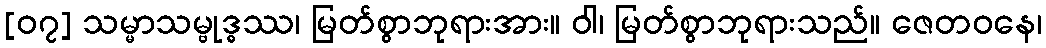
[၀၇] သမ္မာသမ္ဗုဒ္ဓဿ၊ မြတ်စွာဘုရားအား။ ဝါ၊ မြတ်စွာဘုရားသည်။ ဇေတဝနေ၊